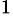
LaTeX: ^\mathrm{1}